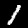
Label: 1